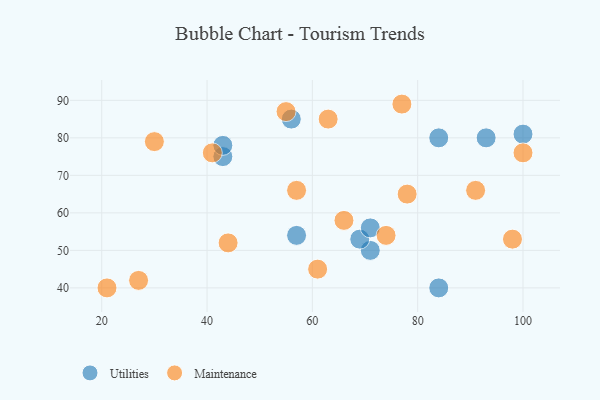
{"axis": {"x": "GDP", "y": "Life Expectancy"}, "legend": ["Maintenance", "Utilities"], "data": [{"x": "84", "y": 40, "type": "Utilities"}, {"x": "57", "y": 54, "type": "Utilities"}, {"x": "43", "y": 75, "type": "Utilities"}, {"x": "100", "y": 81, "type": "Utilities"}, {"x": "43", "y": 78, "type": "Utilities"}, {"x": "71", "y": 50, "type": "Utilities"}, {"x": "56", "y": 85, "type": "Utilities"}, {"x": "69", "y": 53, "type": "Utilities"}, {"x": "71", "y": 56, "type": "Utilities"}, {"x": "93", "y": 80, "type": "Utilities"}, {"x": "84", "y": 80, "type": "Utilities"}, {"x": "74", "y": 54, "type": "Maintenance"}, {"x": "30", "y": 79, "type": "Maintenance"}, {"x": "91", "y": 66, "type": "Maintenance"}, {"x": "57", "y": 66, "type": "Maintenance"}, {"x": "61", "y": 45, "type": "Maintenance"}, {"x": "55", "y": 87, "type": "Maintenance"}, {"x": "66", "y": 58, "type": "Maintenance"}, {"x": "77", "y": 89, "type": "Maintenance"}, {"x": "63", "y": 85, "type": "Maintenance"}, {"x": "78", "y": 65, "type": "Maintenance"}, {"x": "100", "y": 76, "type": "Maintenance"}, {"x": "27", "y": 42, "type": "Maintenance"}, {"x": "44", "y": 52, "type": "Maintenance"}, {"x": "98", "y": 53, "type": "Maintenance"}, {"x": "41", "y": 76, "type": "Maintenance"}, {"x": "21", "y": 40, "type": "Maintenance"}]}